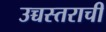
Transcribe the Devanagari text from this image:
उच्चस्तराची